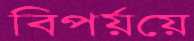
বিপর্য়য়ে